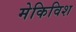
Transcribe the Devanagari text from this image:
मेकिविश